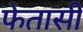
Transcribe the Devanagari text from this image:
फेतासी